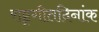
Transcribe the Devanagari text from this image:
राष्ट्रगीतदिनांक